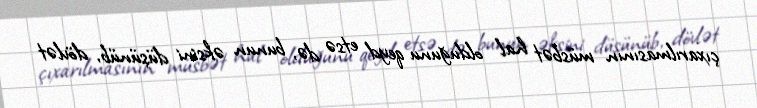
çıxarılmasının müsbət hal olduğunu qeyd etsə də, bunun əksini düşünüb, dövlət